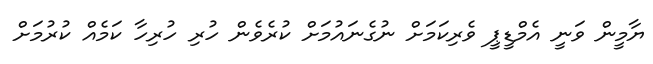
ޔާމީން ވަނީ އެމްޑީޕީ ވެރިކަމަށް ނުގެނައުމަށް ކުރެވެން ހުރި ހުރިހާ ކަމެއް ކުރުމަށް